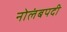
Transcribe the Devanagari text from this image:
नोलंबपदी